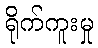
ရိုက်ကူးမှု